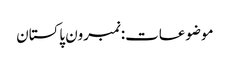
موضوعات:نمبرون پاکستان